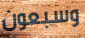
وسبعون